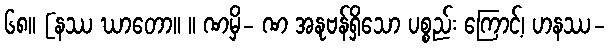
၆၈။ [နဿ ဃာတော။ ။ ဏမှိ- ဏ အနုဗန်ရှိသော ပစ္စည်း ကြောင့်၊ ဟနဿ-